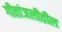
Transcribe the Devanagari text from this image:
गीतांजलीतील